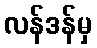
လန်ဒန်မှ